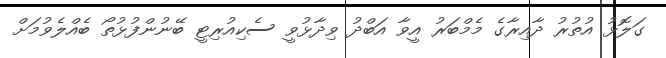
ގަލޮޅު އުތުރު ދާއިރާގެ މެމްބަރު އީވާ އަބްދު ވިދާޅުވީ ސެކިއުރިޓީ ބޭނުންފުޅުތޯ ބެއްލެވުމަށް